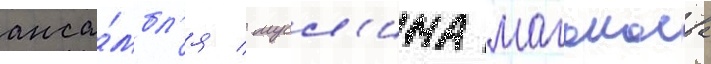
анса́мбл'я / мусл'има магомаева